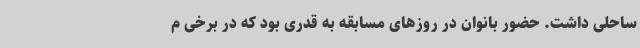
ساحلی داشت. حضور بانوان در روزهای مسابقه به قدری بود که در برخی م